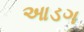
આડગ